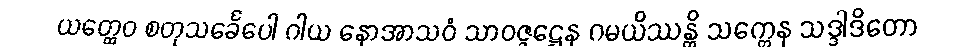
ယတ္ထေဝ စတုသင်္ခေပေါ ဂါယ နောအာသဝံ သာဝဇ္ဇဋ္ဌေန ဂမယိဿန္တိ သက္ကေန သဒ္ဒါဒိတော